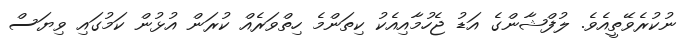
ނުކުރެވޭތީއެވެ. ލުފްޝާންގެ އަޑު ޖެހުމާއިއެކު ކިތަންމެ ހިތްވަރެއް ކުރަން އުޅުން ކަމުގައި ވިޔަސް